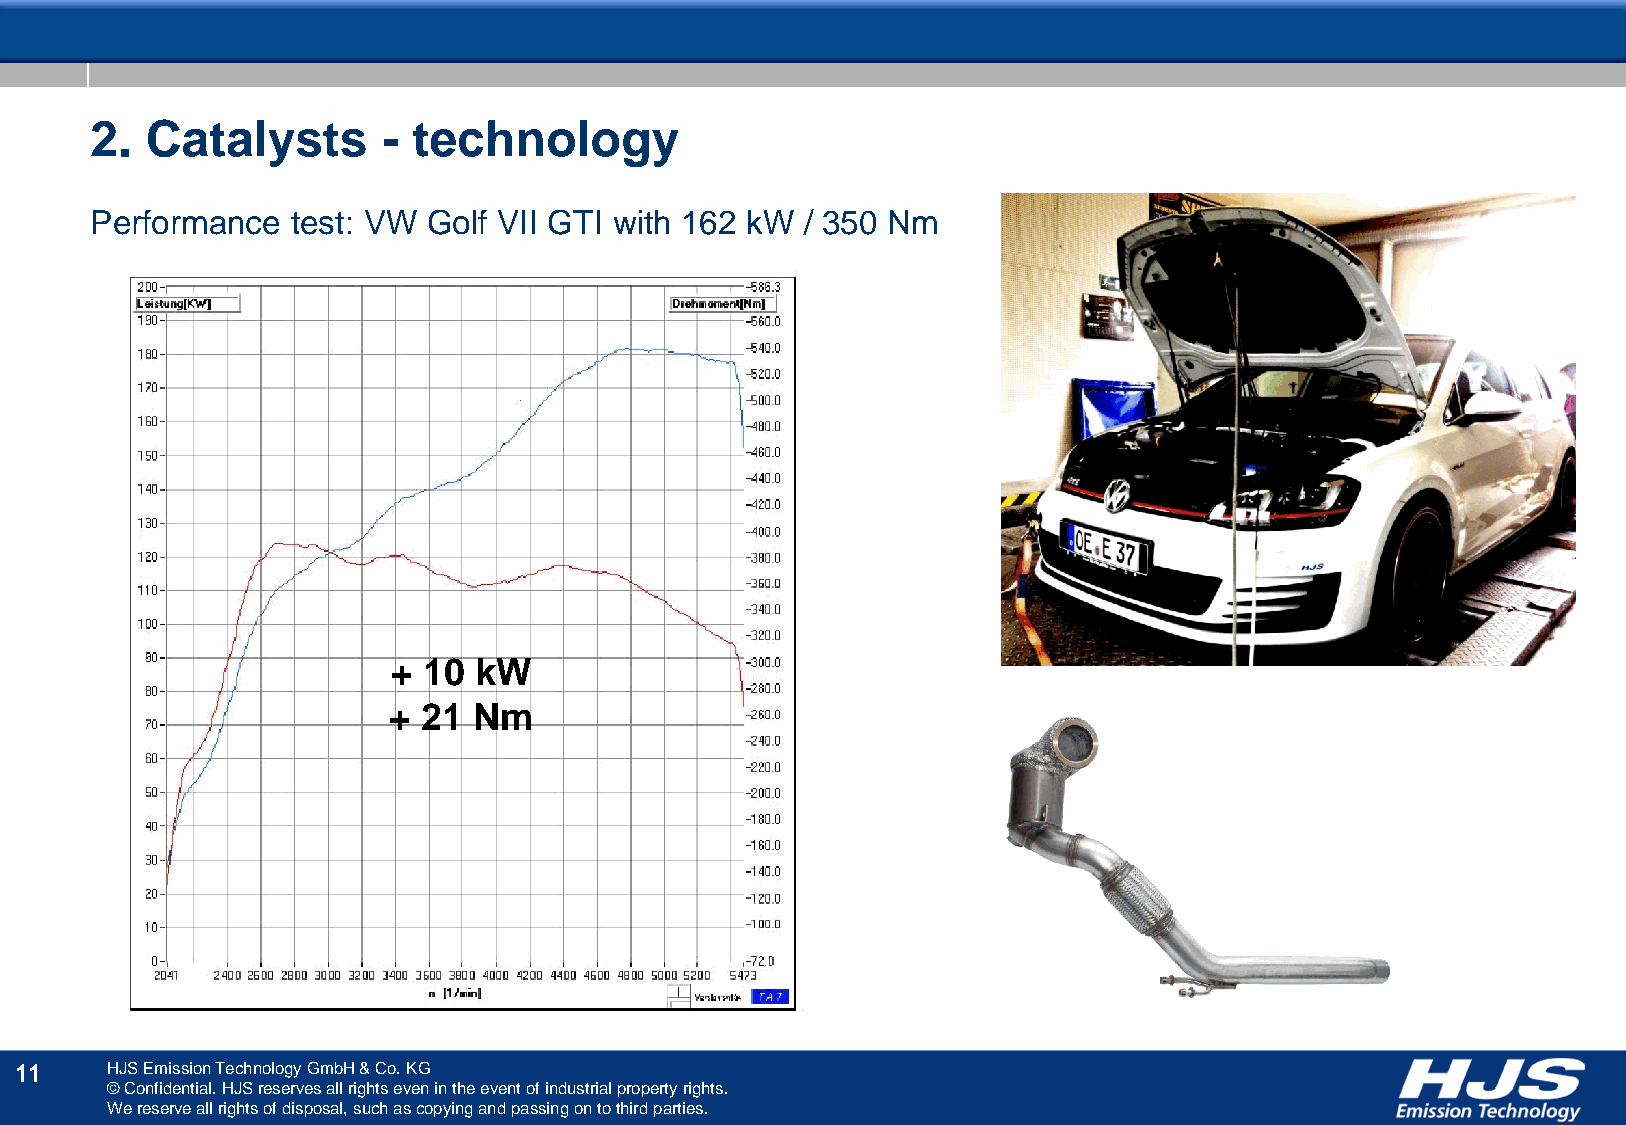
2.  Catalysts      - technology
 Performance  test: VW Golf VII GTI with 162 kW / 350 Nm
 + 10 kW
 + 21 Nm
 11    HJS Emission Technology GmbH & Co. KG
 © Confidential. HJS reserves all rights even in the event of industrial property rights.
 We reserve all rights of disposal, such as copying and passing on to third parties.